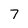
Character: 7